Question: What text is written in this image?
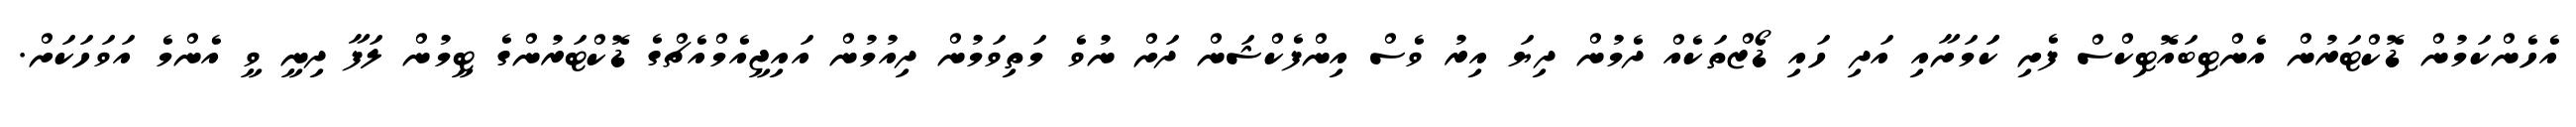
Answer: އެހެންކަމުން ޑޮކްޓަރުން އެންޓިބައޮޓިކްސް ފެށި ކަަމަށާއި އަދި ހައި ޑޯޒްތަކެއް ދެމުން ދިޔަ އިރު ވެސް އިންފެކްޝަން ދަށް ނުވެ މަތިވަމުން ދިއުމުން އައިޖީއެމްއެޗްގެ ޑޮކްޓަރުންގެ ޓީމުން ލަފާ ދިނީ ވީ އެންމެ އަވަހަކަށް.